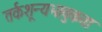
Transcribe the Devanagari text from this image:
तर्कशून्यभावुकता